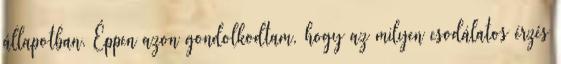
állapotban. Éppen azon gondolkodtam, hogy az milyen csodálatos érzés